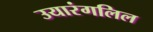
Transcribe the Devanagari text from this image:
उयारंगलिल